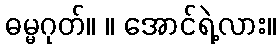
ဓမ္မဂုတ်။ ။ အောင်ရဲ့လား။